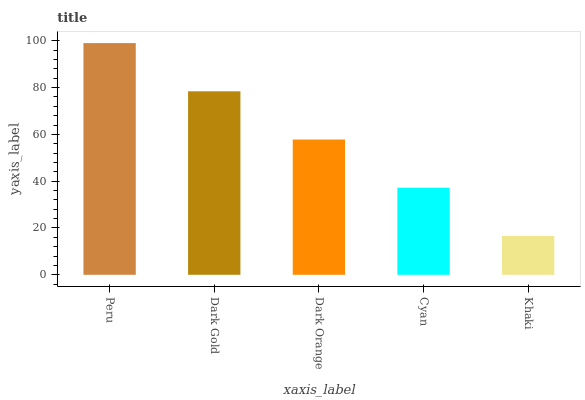
| xaxis_label | bars |
 | --- | --- |
 | Peru | 99 |
 | Dark Gold | 78.4 |
 | Dark Orange | 57.8 |
 | Cyan | 37.2 |
 | Khaki | 16.6 |